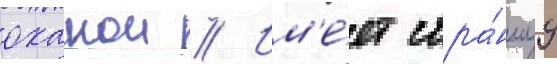
оханои // Им'е́ет стра́ннуу